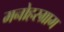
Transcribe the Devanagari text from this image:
मनोहरग्राम